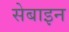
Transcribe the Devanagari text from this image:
सेबाइन